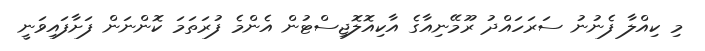
މި ކިއްލާ ފެނުނު ސަރަހައްދު ރޫމޭނިއާގެ އާކިއޮލޮޖިސްޓުން އެންމެ ފުރަތަމަ ކޮންނަން ފަށާފައިވަނީ